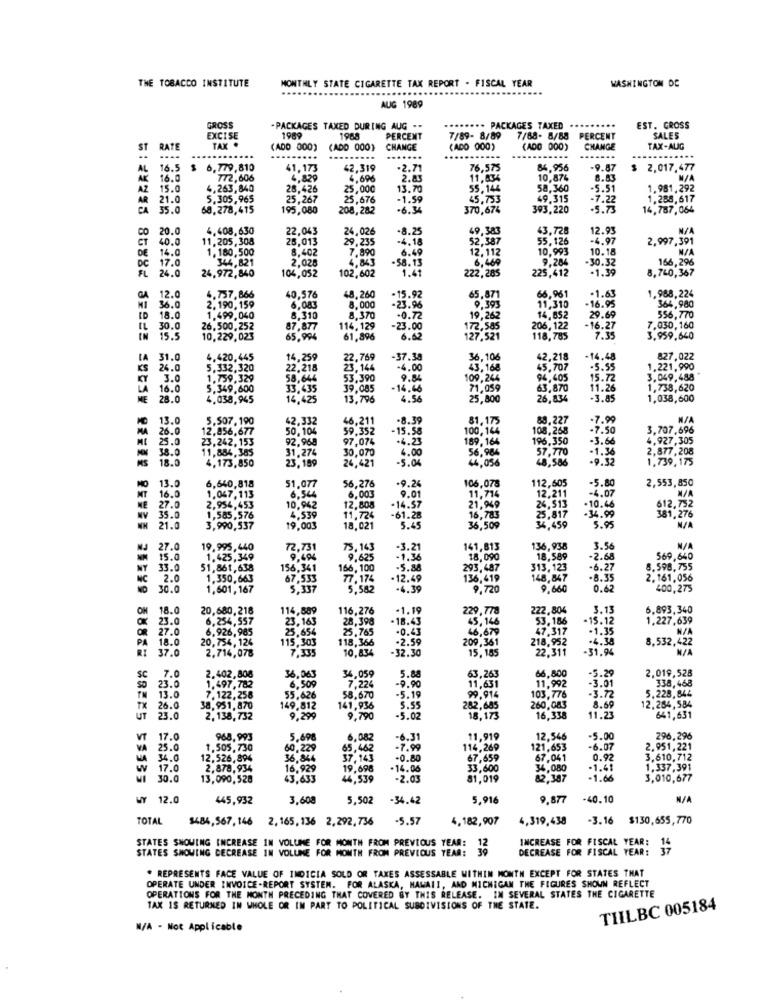
THE TOBACCO INSTITUTE
MONTHLY STATE CIGARETTE TAX REPORT . FISCAL YEAR
WASHINGTON DC
AUG 1989
GROSS
- PACKAGES TAXED DURING AUG --
.- PACKAGES TAXED
EST. GROSS
EXCISE
1989
1968
PERCENT
7/89- 8/89
7/88- 8/88 PERCENT
SALES
ST
RATE
TAX .
(ADO 000)
(ADD 000)
CHANGE
(ADO 000)
(ADD 000)
CHANGE
TAX-ALIG
...
........---
-----
AL
16.5
6.779,810
41,173
42,319
.2.71
76,575
84,956
9.87
$ 2,017,477
AK 16.0
772,606
4.829
4,696
2.83
11,834
10,874
8.83
M/A
AZ
15.0
4,263,840
28,426
25,000
13.70
55,146
58,360
-5.5
1.981,292
AR
21.0
5.305,965
25,267
25,676
-1.59
45,753
49.315
-7.22
1.288,617
CA
35.0
68,278,415
195,080
208,282
370,674
393,220
14,787,064
CO
20.0
4,408,630
22,043
24,026
-8.25
49,383
43,728
12.9
11.205, 308
25,013
29,235
4.18
55,126
-4.97
2,997,391
DE
14.0
8,402
6.49
52,387
12.112
10,993
10.18
DC
17.0
1,180,500
344,821
2,028
4,843
7,890
.58.13
9,284
-30.32
166,296
FL
24.0
102,602
1.41
222,285
6,469
225,412
-1.39
24,972,840
104,052
8,740,367
40,576
GA
12.0
4.757,866
48,260
-15.92
65.871
66,961
-1.63
1.968,224
36.0
2.190,159
6,083
8,000
-23.96
9.393
11,310
-16.95
364,980
ID
18.0
1.499,040
8,310
8,370
-0.72
19,262
14,852
29.69
556,770
IL
30.0
26,500,252
87,877
114,129
-23.00
172,585
206,122
-16.27
7,030,160
IN
15.5
10.229,023
65,994
61,896
6.62
127,521
118,785
7.3
3,959,640
LA
31.0
4.420,445
14,259
22,769
-37.38
36. 106
42,218
-14.48
827,022
KS
26.0
5.332,320
22.218
23.144
-4.00
43, 168
45,707
.5.55
1.221,990
KY
3.0
1.759,329
58,644
53.390
9.8
109,244
94,605
15.72
3.049,488
LA
16.0
5.349,600
33,435
39,085
-14.46
71,059
63,870
11.26
1,738,620
ME
28.0
4.038,945
14,425
13,796
4.56
25,800
26,834
-3.85
1.038,600
13.0
5.507,190
62.332
46,211
-8.39
81. 175
88,227
-7.9
MA
26.0
12,856,677
50,104
59.352
15.58
100,144
108,268
-7.50
3.707,696
25.0
23,242,153
92.968
97,074
.4.2
189,164
196,350
-3.66
4,927,305
38.0
11,884,385
31.274
30,070
4.00
-1.36
2,877,208
18.0
23, 189
-5.0
56,984
44.056
57.770
48,586
.9.3
1.739,175
4,173,850
24,421
6,640,818
-9.24
112,605
-5.80
2,553,850
13.0
51.077
56,276
9.01
106,078
12,211
MT
16.0
1.047,113
6,544
6,003
11,714
-4.07
NE
27.0
2,954,453
10,942
12,808
-14.57
21,949
24,513
-10.46
612.732
381,276
NV
35.0
1,585,576
4,539
11,724
-61.28
16,783
25,817
-36.99
5.95
21.0
3,990,537
19,003
18,021
5.49
36,509
34,459
27.0
19,995,440
72,731
13, 143
-3.21
141,813
136,938
3.56
15.0
1.425,349
9,494
9.625
-1.36
18,090
18,589
-2.68
569,640
NY
33.0
51,861,638
156,341
166, 100
-5.8
293,487
313,123
-6.27
8.598,755
NC
2.0
1.350,663
67,533
77.174
.12.49
136,419
148,847
-8.35
2.161,056
30.0
1,601, 167
5,337
5.582
-4.39
9,720
9,660
0.65
400,275
ON
18.0
20,680,218
114,589
116,276
.1.19
229, 778
222,804
3.13
6.893,340
23.0
6.254, 557
23,163
28,398
-18.43
45,146
53.186
-15.12
1.227,639
OR
27.0
6.926,985
25.765
-0.43
47.317
1.35
PA
18.0
20,754, 124
25,654
115,303
118,366
.2.59
209,361
46,679
218,952
-4.38
8,532,422
RI
37.0
2.714,078
7.335
10,834
-32.30
15, 185
22,311
-31.94
7.0
2,019,528
SC
2.402,808
1.497,782
36,063
34,059
5.88
11,631
63,263
66,800
-5.29
23.0
6,509
7.224
-9.90
11,992
-3.01
338,468
TN
13.0
7.122,258
55.626
58,670
-5.19
99.914
103,776
-3.72
5.228,844
TX
26.0
38,951,870
149,812
141,936
5.55
282,685
260,083
8.69
12.284,584
UT
23.0
2,138,732
9,299
9,790
-5.02
18,173
16,338
11.23
641,631
VT
17.0
968, 993
5,698
6,082
-6.31
11,919
12,546
-5.00
296,296
VA 25.0
1.505,730
60,229
65,462
114,269
121,653
-6.07
2.951,221
34.0
12,526,894
36.844
37,143
-0.80
67,659
67,041
0.92
3.610,712
W
17.0
2,878,934
16,929
19,696
-14.06
33,600
34,080
-1.41
1.337,391
30.0
13,090,528
43.633
44,539
-2.03
81,019
82,387
-1.66
3,010,677
WY 12.0
445,932
3,608
5,502
-34.42
5,916
9,877
-40.10
TOTAL
$484,567,146
2, 165, 136 2,292, 736
-5.57
4,182,907
4,319,438
-3.16
$130,655,770
STATES SHOWING INCREASE IN VOLUME FOR MONTH FROM PREVIOUS YEAR:
INCREASE FOR FISCAL YEAR:
STATES SHOWING DECREASE IN VOLUME FOR MONTH FROM PREVIOUS YEAR:
DECREASE FOR FISCAL YEAR:
. REPRESENTS FACE VALUE OF INDICIA SOLD OR TAXES ASSESSABLE WITHIN MONTH EXCEPT FOR STATES THAT
OPERATE UNDER INVOICE-REPORT SYSTEM. FOR ALASKA, HAWAII, AND MICHIGAN THE FIGURES SHOWN REFLECT
OPERATIONS FOR THE MONTH PRECEDING THAT COVERED BY THIS RELEASE. IN SEVERAL STATES THE CIGARETTE
TAX IS RETURNED IN WHOLE OR IN PART TO POLITICAL SUBDIVISIONS OF THE STATE.
TILBC 005184
M/A - Not Applicable